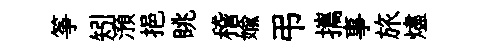
筝矧澦挹眺稽媮弔攜事旅燼